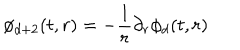
\phi _ { d + 2 } ( t , r ) = - \frac { 1 } { r } \partial _ { r } \phi _ { d } ( t , r )